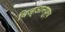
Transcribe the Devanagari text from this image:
विज्ञानपूर्व